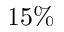
1 5 \%